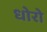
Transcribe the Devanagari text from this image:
धोरो